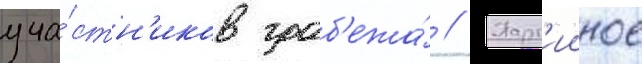
уча́стн'иков граб'ежа́ // Парт'ииное